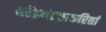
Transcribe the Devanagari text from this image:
नरेंद्रमंडळाकरितां